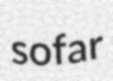
sofar